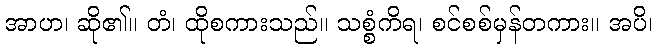
အာဟ၊ ဆို၏။ တံ၊ ထိုစကားသည်။ သစ္စံကိရ၊ စင်စစ်မှန်တကား။ အပိ၊